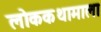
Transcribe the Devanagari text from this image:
लोककथामाला